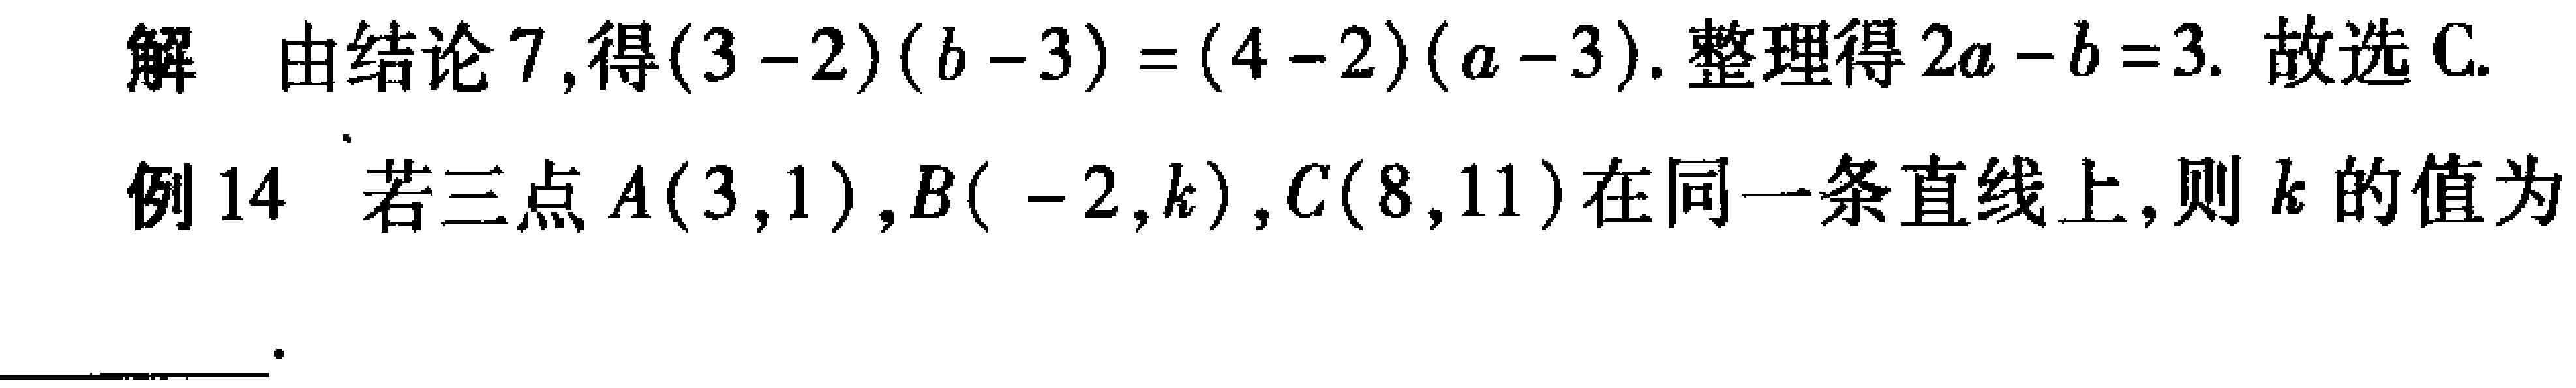
解 由结论 7,得\((3 - 2)(b - 3) = (4 - 2)(a - 3)\). 整理得\(2a - b = 3\). 故选C.
例14 若三点\(A(3,1)\),\(B( - 2,k)\),\(C(8,11)\)在同一条直线上,则\(k\)的值为  .